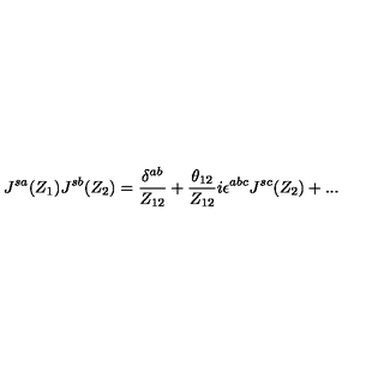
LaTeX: J ^ { s a } ( Z _ { 1 } ) J ^ { s b } ( Z _ { 2 } ) = \frac { \delta ^ { a b } } { Z _ { 1 2 } } + \frac { \theta _ { 1 2 } } { Z _ { 1 2 } } i \epsilon ^ { a b c } J ^ { s c } ( Z _ { 2 } ) + . . .